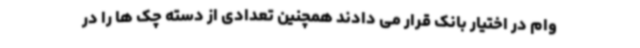
وام در اختیار بانک قرار می دادند همچنین تعدادی از دسته چک ها را در